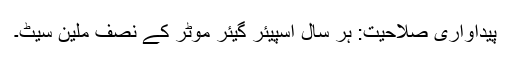
پیداواری صلاحیت: ہر سال اسپیئر گیئر موٹر کے نصف ملین سیٹ۔